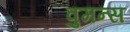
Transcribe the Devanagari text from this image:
वुमन्स